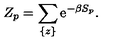
Z _ { p } = \sum _ { \{ z \} } \mathrm { e } ^ { - \beta S _ { p } } .